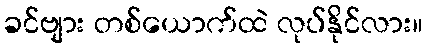
ခင်ဗျား တစ်ယောက်ထဲ လုပ်နိုင်လား။